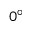
0 ^ { \circ }